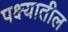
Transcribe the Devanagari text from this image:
पक्ष्यातील